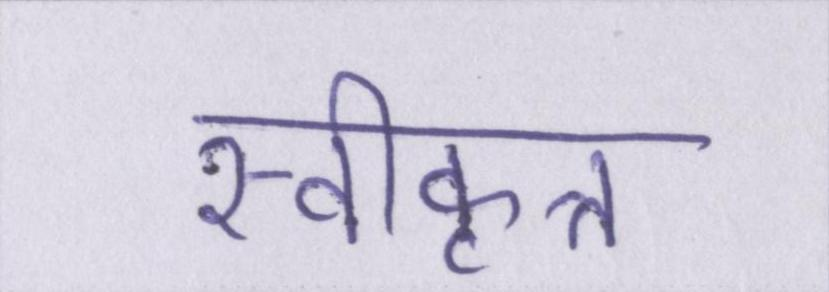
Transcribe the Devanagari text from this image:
स्वीकृत्त